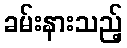
ခမ်းနားသည့်